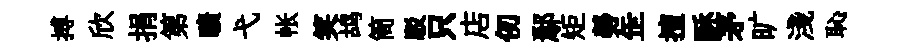
搏欣捐第曠弋帐笑鸪筒駁只店仞鄢矩勞𦈢擅酥茅旷淺恥